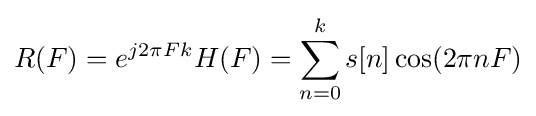
R(F)=e^{j2\pi Fk}H(F)=\sum _{n=0}^{k}s[n]\cos(2\pi nF)